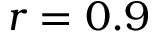
r = 0 . 9